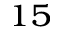
^ { 1 5 }